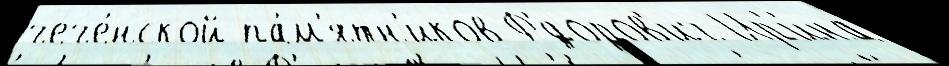
чече́нской па́м'ятн'иков Ф'́доров'ич Ир'и́на